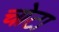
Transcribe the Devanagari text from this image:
चोटा